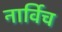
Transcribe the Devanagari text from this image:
नार्विच